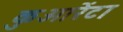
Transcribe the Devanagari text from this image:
कुआरेंटा